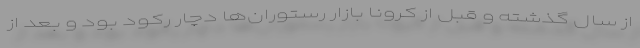
از سال گذشته و قبل از کرونا بازار رستوران‌ها دچار رکود بود و بعد از